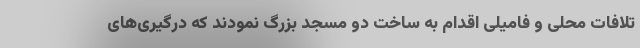
تلافات محلی و فامیلی اقدام به ساخت دو مسجد بزرگ نمودند که درگیری‌های